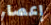
إعصار